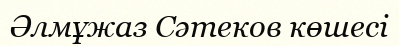
Әлмұжаз Сәтеков көшесі